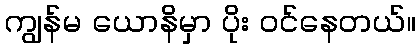
ကျွန်မ ယောနိမှာ ပိုး ဝင်နေတယ်။